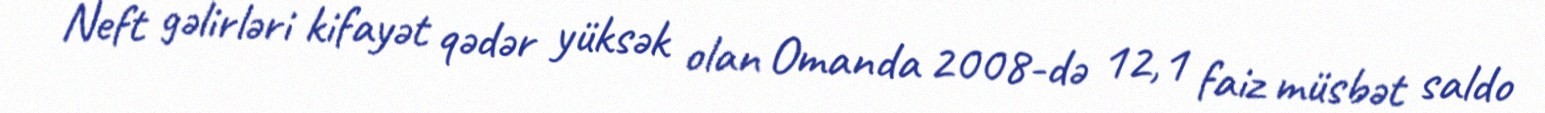
Neft gəlirləri kifayət qədər yüksək olan Omanda 2008-də 12,1 faiz müsbət saldo